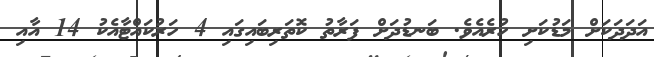
އަދަދަަކަށް މަޑުކަށި ހުރެއެވެ. ބަނޑުދަށް ފަރާތު ކޮތަރިބައިގައި 4 ހަރުކައްޓާއެކު 14 އާއި